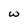
Character: w